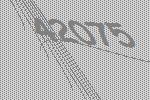
42075